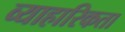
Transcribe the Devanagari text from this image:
व्याहारिकता